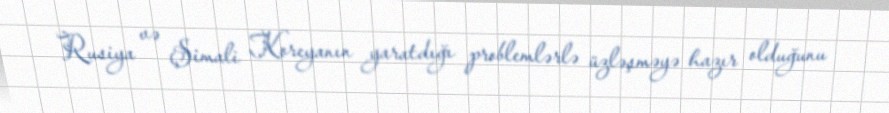
Rusiya və Şimali Koreyanın yaratdığı problemlərlə üzləşməyə hazır olduğunu